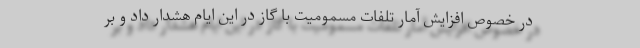
در خصوص افزایش آمار تلفات مسمومیت با گاز در این ایام هشدار داد و بر